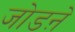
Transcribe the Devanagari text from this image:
जोडऩे